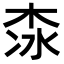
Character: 𣑏